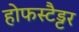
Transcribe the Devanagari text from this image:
होफस्टैड्टर